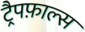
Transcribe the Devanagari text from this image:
ट्रैपफ़ाल्स